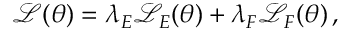
\mathcal { L } ( \theta ) = \lambda _ { E } \mathcal { L } _ { E } ( \theta ) + \lambda _ { F } \mathcal { L } _ { F } ( \theta ) \, ,